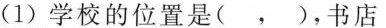
(1)学校的位置是( ， )，书店